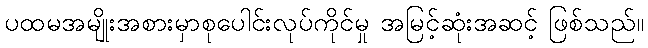
ပထမအမျိုးအစားမှာစုပေါင်းလုပ်ကိုင်မှု အမြင့်ဆုံးအဆင့် ဖြစ်သည်။